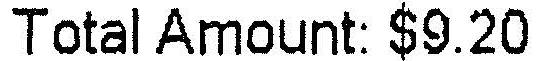
TOTAL AMOUNT: $9.20